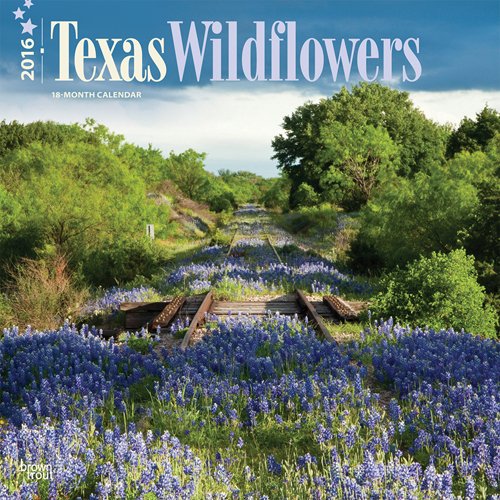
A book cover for Texas Wildflowers 2016 Square 12x12; Browntrout Publishers; Calendars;